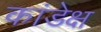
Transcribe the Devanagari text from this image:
कांडेक्ष